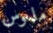
ملموس